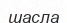
шасла